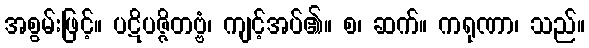
အစွမ်းဖြင့်။ ပဋိပဇ္ဇိတဗ္ဗံ၊ ကျင့်အပ်၏။ စ၊ ဆက်။ ကရုဏာ၊ သည်။